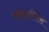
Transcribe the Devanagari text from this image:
क्लाइटोरिस